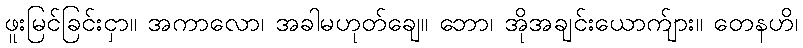
ဖူးမြင်ခြင်းငှာ။ အကာလော၊ အခါမဟုတ်ချေ။ ဘော၊ အိုအချင်းယောက်ျား။ တေနဟိ၊